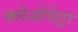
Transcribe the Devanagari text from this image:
क्लेओपेट्रा